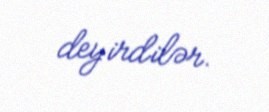
deyirdilər.